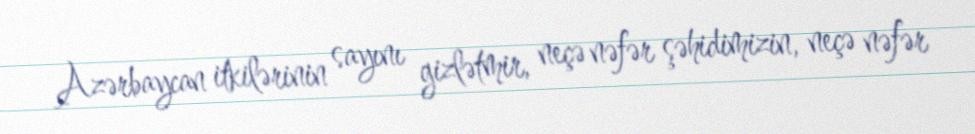
Azərbaycan itkilərinin sayını gizlətmir, neçə nəfər şəhidimizin, neçə nəfər